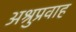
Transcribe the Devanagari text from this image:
अश्रुप्रवाह